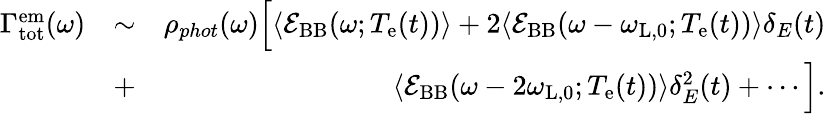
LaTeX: \begin{array}{rlr}{\Gamma_{\mathrm{tot}}^{\mathrm{em}}(\omega)}&{\sim}&{\rho_{phot}(\omega)\Big[\langle\mathcal{E}_{\mathrm{BB}}(\omega;T_{\mathrm{e}}(t))\rangle+2\langle\mathcal{E}_{\mathrm{BB}}(\omega-\omega_{\mathrm{L},0};T_{\mathrm{e}}(t))\rangle\delta_{E}(t)}\\ &{+}&{\langle\mathcal{E}_{\mathrm{BB}}(\omega-2\omega_{\mathrm{L},0};T_{\mathrm{e}}(t))\rangle\delta_{E}^{2}(t)+\cdots\Big].}\end{array}